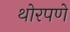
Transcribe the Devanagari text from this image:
थोरपणे